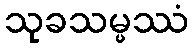
သုခသမ္ဖဿံ